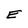
Character: E